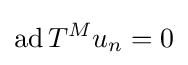
\operatorname {ad} T^{M}u_{n}=0